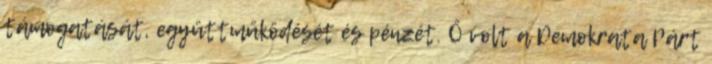
támogatását, együttműködését és pénzét. Ő volt a Demokrata Párt